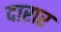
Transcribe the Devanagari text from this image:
दारार